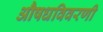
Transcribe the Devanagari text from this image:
औषधविवरणी